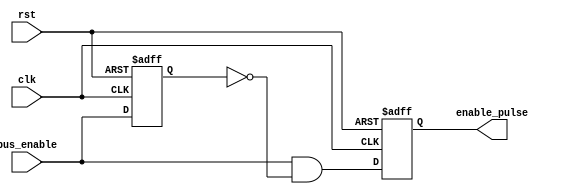
`timescale 1ns / 1ps

module PULSE_GEN_2 #(parameter BUS_WIDTH = 8)(
    input bus_enable,
    output reg enable_pulse,
    input clk,
    input rst
    );
    reg q;
    wire sel;    
    assign sel = bus_enable & !q ;
    
    always@(posedge clk or negedge rst) begin
        if(!rst) begin
            q <= 0;
        end
        else begin
            q <= bus_enable;
        end
    end
    
    
    always@(posedge clk or negedge rst) begin
        if(!rst) begin
            enable_pulse <= 0;
        end
        else begin
            enable_pulse <= sel ;
        end    
    end 
    
endmodule